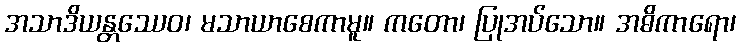
အသာဒိယန္တဿေဝ၊ မသာယာစေကာမူ။ ကတော၊ ပြုအပ်သော။ အဓိကာရော၊